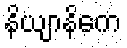
နိယျာနိကေ